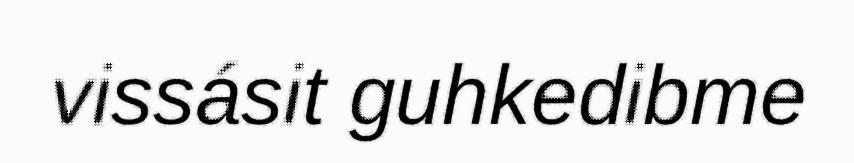
vissásit guhkedibme